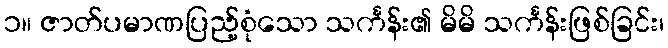
၁။ ဇာတ်ပမာဏပြည့်စုံသော သင်္ကန်း၏ မိမိ သင်္ကန်းဖြစ်ခြင်း၊